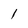
Character: 1